Annual report of the Bengal Veterinary College and of the Civil Veterinary Department, Bengal, for the year 1911-1912 - 1911-1912
Year: 1911
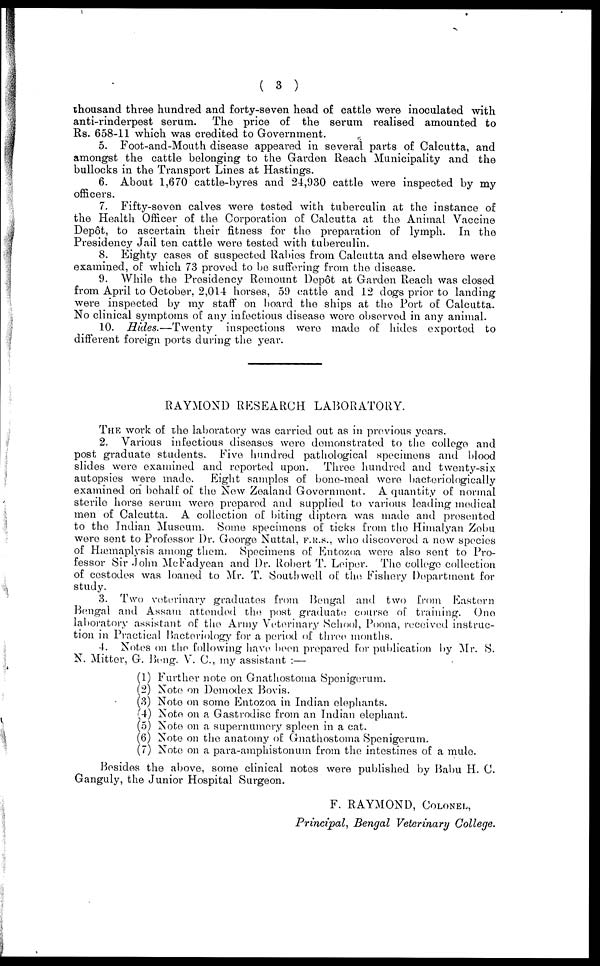
( 3 )
thousand three hundred and forty-seven head of cattle were inoculated with
anti-rinderpest serum. The price of the serum realised amounted to
Rs. 658-11 which was credited to Government.
5. Foot-and-Mouth disease appeared in several parts of Calcutta, and
amongst the cattle belonging to the Garden Reach Municipality and the
bullocks in the Transport Lines at Hastings.
6. About 1,670 cattle-byres and 24,930 cattle were inspected by my
officers.
7. Fifty-seven calves were tested with tuberculin at the instance of
the Health Officer of the Corporation of Calcutta at the Animal Vaccine
Dep6t, to ascertain their fitness for the preparation of lymph. In the
Presidency Jail ten cattle were tested with tuberculin.
8. Eighty cases of suspected Rabies from Calcutta and elsewhere were
examined, of which 73 proved to be suffering from the disease.
9. While the Presidency Remount Dep6t at Garden Reach was closed
from April to October, 2,014 horses, 59 cattle and 12 dogs prior to landing
were inspected by my staff on board the ships at the Port of: Calcutta.
No clinical symptoms of any infectious disease were observed in any animal.
10. Hides.—Twenty
inspections were made of hides exported to
different foreign ports during the year.
RAYMOND RESEARCH LABORATORY.
THE work of the laboratory was carried out as in previous years.
2. Various infectious diseases were demonstrated to the college and
post graduate students. Five hundred pathological specimens and blood
slides were examined and reported upon. Three hundred and twenty-six
autopsies were made. Eight samples of bone-meal wore bacteriologically
examined on behalf of the New Zealand Government. A quantity of normal
sterile horse serum were prepared and supplied to various leading modical
men of Calcutta. A collection of biting diptora was made and presented
to the Indian Museum. Some specimens of ticks from the Himalyan Zebu
were sent to Professor Dr. George Nuttal, F.R.S., who discovered a new species
of Hæmaplysis among them. Specimens of Entozoa were also sent to Pro-
fessor Sir John McFadyean and Dr. Robert T. Leiper. The college collection
of cestodes was loaned to Mr. T. Southwell of : the Fishery Dopartment for
study.
3. Two veterinary graduates from Bengal and two from Eastorn
Bengal and Assam attended the post graduate course of training. One
laboratory assistant of the Army Veterinary School, Poona, received instruc-
tion in Practical Bacteriology for a period of three months.
4. Notes on the following have been prepared for publication by Mr. S.
N. Mitter, G. Bong. V. C, my assistant :—
(1) Further note on Gnathostoma Spenigerum.
(2) Note on Demodex Bovis.
(3) Note on some Entozoa in Indian elephants.
(4) Note on a Gastrodisc from an Tndian elephant.
(5) Note on a supernumery spleen in a cat.
(6) Note on the anatomy of Gnathostoma Spenigerum.
(7) Note on a para-amphistonum from the intestines of a mule.
Besides the above, some clinical notes were published by Babu H. C.
Ganguly, the Junior Hospital Surgeon.
F. RAYMOND, COLONEL,
Principal, Bengal Veterinary College.